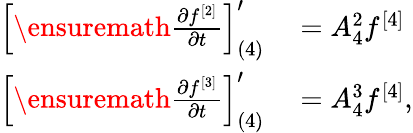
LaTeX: \begin{array}{rl}{\left[\ensuremath{\frac{\partial f^{[2]}}{\partial t}}\right]_{(4)}^{\prime}}&{{}=A_{4}^{2}f^{[4]}}\\ {\left[\ensuremath{\frac{\partial f^{[3]}}{\partial t}}\right]_{(4)}^{\prime}}&{{}=A_{4}^{3}f^{[4]},}\end{array}